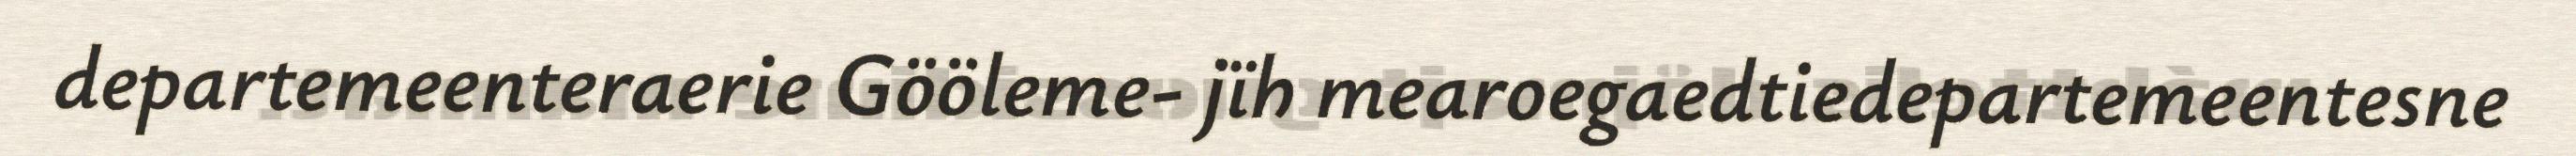
departemeenteraerie Gööleme- jïh mearoegaedtiedepartemeentesne